Annual report of the Imperial Bacteriological Laboratory, Muktesar
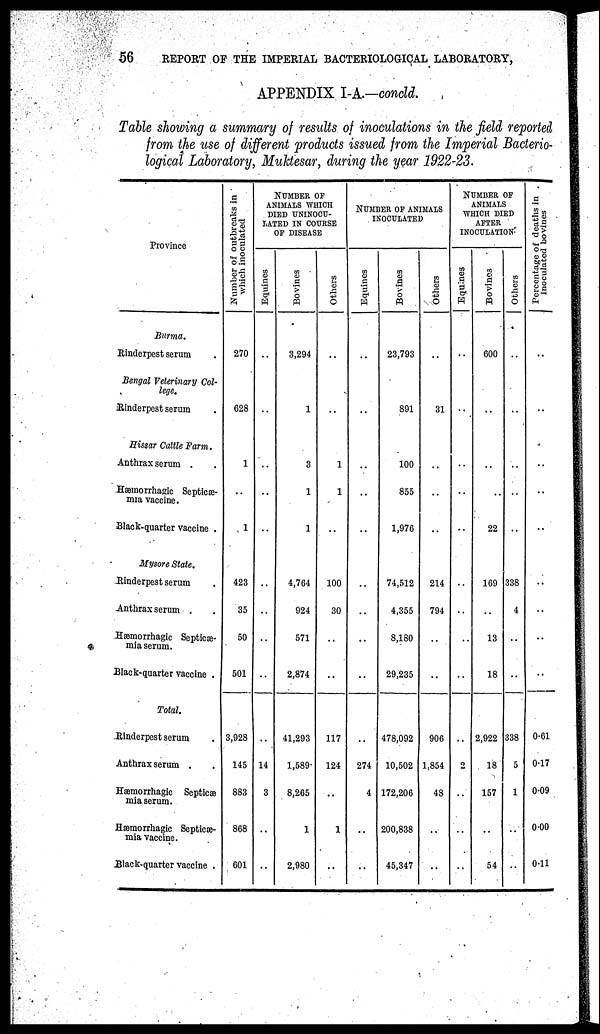
56
REPORT OF THE IMPERIAL BACTERIOLOGICAL LABORATORY,
APPENDIX I-A.-concld.
Table showing a summary of results of inoculations in the field reported
from the use of different products issued from the Imperial Bacterio-
logical Laboratory, Muktesar, during the year 1922-23.
Province
Burma.
Rinderpest serum
Bengal Veterinary Col-
lege.
Rinderpest serum
Hissar Cattle Farm.
Anthrax serum .
Hæmorrhagic Septicæ-
mia vaccine.
Black-quarter vaccine .
Mysore State.
Rinderpest serum
Anthrax serum .
Hæmorrhagic Septicæ-
mia serum.
Black-quarter vaccine .
Total.
Rinderpest serum
Anthrax serum .
Hæmorrhagic Septicæ
mia serum.
Hæmorrhagic Septicæ-
mia vaccine.
Black-quarter vaccine .
Number of outbreaks in
which inoculated
270
628
1
..
1
423
35
50
501
3,928
145
883
868
601
NUMBER OF
ANIMALS WHICH
DIED UNINOCU¬
LATED IN COURSE
OF DISEASE
Equines
..
..
..
..
..
..
..
..
..
..
14
3
..
..
Bovines
3,294
1
3
1
1
4,764
924
571
2,874
41,293
1,589
8,265
1
2,980
Others
..
..
1
1
..
100
30
..
..
117
124
1
..
NUMBER OF ANIMALS
INOCULATED
Equines
..
..
..
..
..
..
..
..
..
274
4
..
..
Bovines
23,793
891
100
855
1,976
74,512
4,355
8,180
29,235
478,092
10,502
172,206
200,838
45,347
Others
..
31
..
..
214
794
..
..
906
1,854
48
..
..
NUMBER OF
ANIMALS
WHICH DIED
AFTER
INOCULATION.
Equines
..
..
..
..
..
..
..
..
..
2
..
..
Bovines
600
..
..
22
169
..
13
18
2,922
18
157
..
54
Others
..
..
..
..
338
4
..
..
338
5
1
..
..
Percentage of deaths in
inoculated bovines
..
..
..
..
..
..
..
..
0.61
0.17
0.09
0.00
0.11